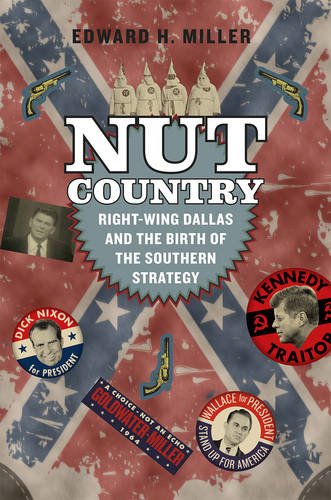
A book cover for Nut Country: Right-Wing Dallas and the Birth of the Southern Strategy; Edward H. Miller; Politics & Social Sciences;